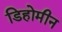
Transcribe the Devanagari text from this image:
डिहोमीन